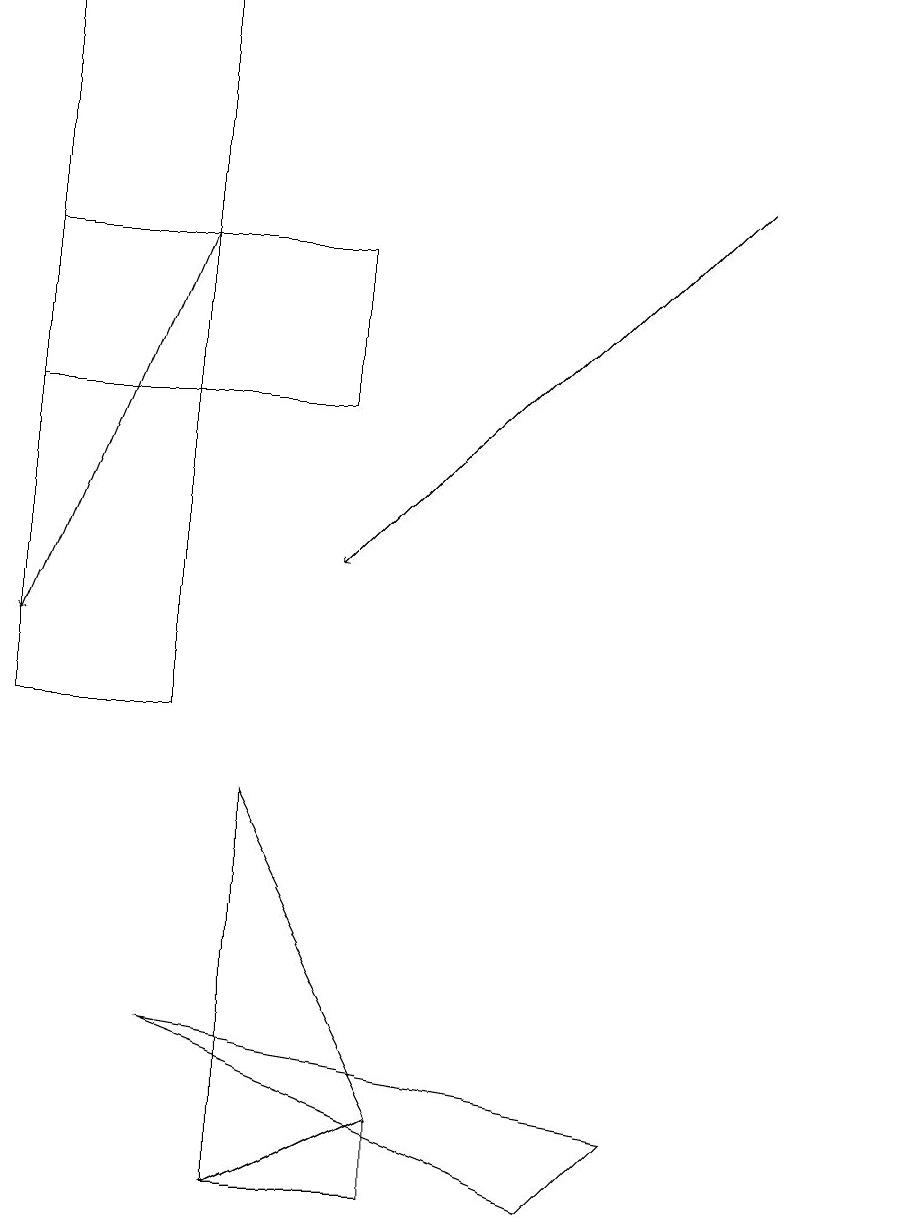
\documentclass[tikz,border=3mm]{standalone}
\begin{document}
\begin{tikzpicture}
\draw (3,9) -- (3,4) -- (5,5) -- cycle;
\draw (0,14) rectangle (4,16);
\draw[->] (9,17) -- (4,12);
\draw (11,11) circle (0);
\draw (2,6) -- (8,5) -- (7,4) -- cycle;
\draw (5,4) -- (3,4) -- (5,5) -- cycle;
\draw (0,10) rectangle (2,19);
\draw[->] (2,16) -- (0,11);
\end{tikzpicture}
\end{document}